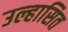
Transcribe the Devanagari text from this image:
उल्हासित